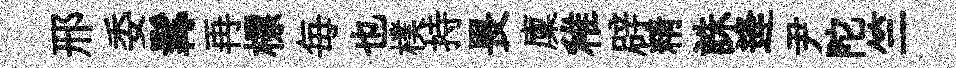
邢委髯再標毎也樸持畏廩稚辟精誅逄尹陀竺